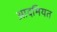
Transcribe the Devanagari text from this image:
आदमियत